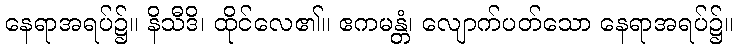
နေရာအရပ်၌။ နိသီဒိ၊ ထိုင်လေ၏။ ဧကမန္တံ၊ လျောက်ပတ်သော နေရာအရပ်၌။